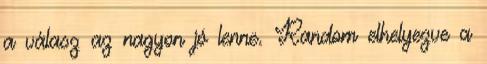
a válasz az nagyon jó lenne. Random elhelyezve a